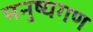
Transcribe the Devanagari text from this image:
मनुष्यगण